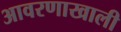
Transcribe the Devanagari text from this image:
आवरणाखाली